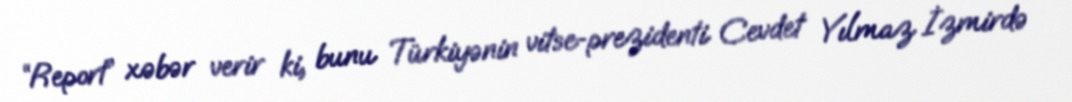
“Report” xəbər verir ki, bunu Türkiyənin vitse-prezidenti Cevdet Yılmaz İzmirdə